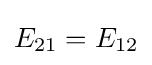
E_{21}=E_{12}